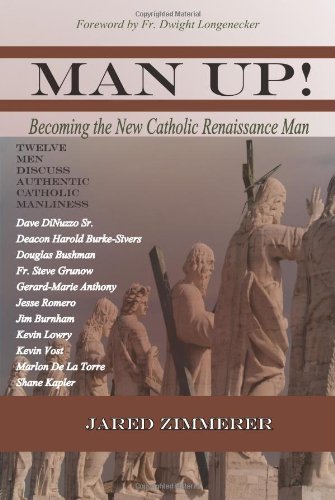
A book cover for Man Up! Becoming the New Catholic Renaissance Man; Jared Zimmerer; Politics & Social Sciences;